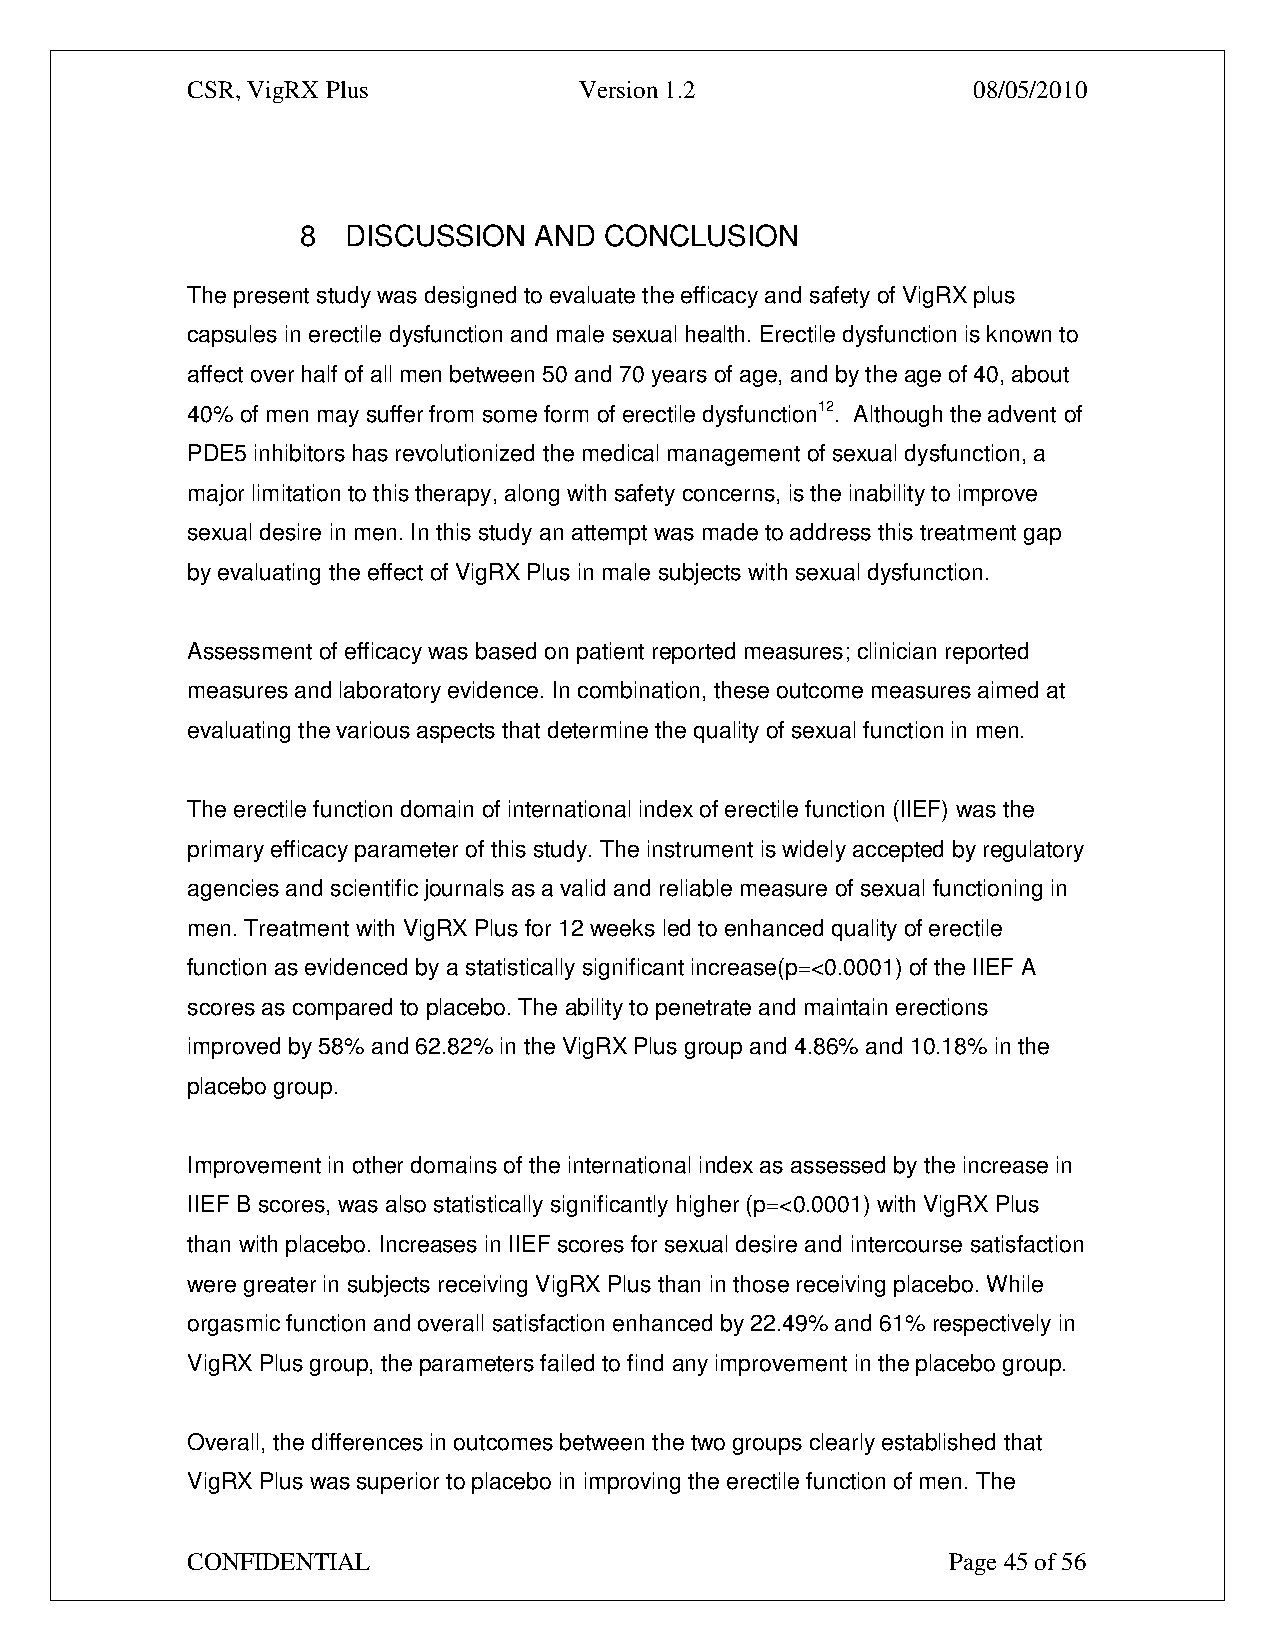
CSR, VigRX Plus           Version 1.2               08/05/2010
 8  DISCUSSION  AND  CONCLUSION
 The present study was designed to evaluate the efficacy and safety of VigRX plus
 capsules in erectile dysfunction and male sexual health. Erectile dysfunction is known to
 affect over half of all men between 50 and 70 years of age, and by the age of 40, about
 40% of men may suffer from some form of erectile dysfunction12. Although the advent of
 PDE5 inhibitors has revolutionized the medical management of sexual dysfunction, a
 major limitation to this therapy, along with safety concerns, is the inability to improve
 sexual desire in men. In this study an attempt was made to address this treatment gap
 by evaluating the effect of VigRX Plus in male subjects with sexual dysfunction.
 Assessment of efficacy was based on patient reported measures; clinician reported
 measures and laboratory evidence. In combination, these outcome measures aimed at
 evaluating the various aspects that determine the quality of sexual function in men.
 The erectile function domain of international index of erectile function (IIEF) was the
 primary efficacy parameter of this study. The instrument is widely accepted by regulatory
 agencies and scientific journals as a valid and reliable measure of sexual functioning in
 men. Treatment with VigRX Plus for 12 weeks led to enhanced quality of erectile
 function as evidenced by a statistically significant increase(p=<0.0001) of the IIEF A
 scores as compared to placebo. The ability to penetrate and maintain erections
 improved by 58% and 62.82% in the VigRX Plus group and 4.86% and 10.18% in the
 placebo group.
 Improvement in other domains of the international index as assessed by the increase in
 IIEF B scores, was also statistically significantly higher (p=<0.0001) with VigRX Plus
 than with placebo. Increases in IIEF scores for sexual desire and intercourse satisfaction
 were greater in subjects receiving VigRX Plus than in those receiving placebo. While
 orgasmic function and overall satisfaction enhanced by 22.49% and 61% respectively in
 VigRX Plus group, the parameters failed to find any improvement in the placebo group.
 Overall, the differences in outcomes between the two groups clearly established that
 VigRX Plus was superior to placebo in improving the erectile function of men. The
 CONFIDENTIAL                                       Page 45 of 56